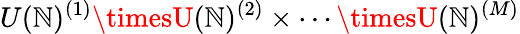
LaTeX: U(\mathbb{N})^{(1)}\timesU(\mathbb{N})^{(2)}\times\cdots\timesU(\mathbb{N})^{(M)}